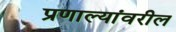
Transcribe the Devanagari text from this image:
प्रणाल्यांवरील